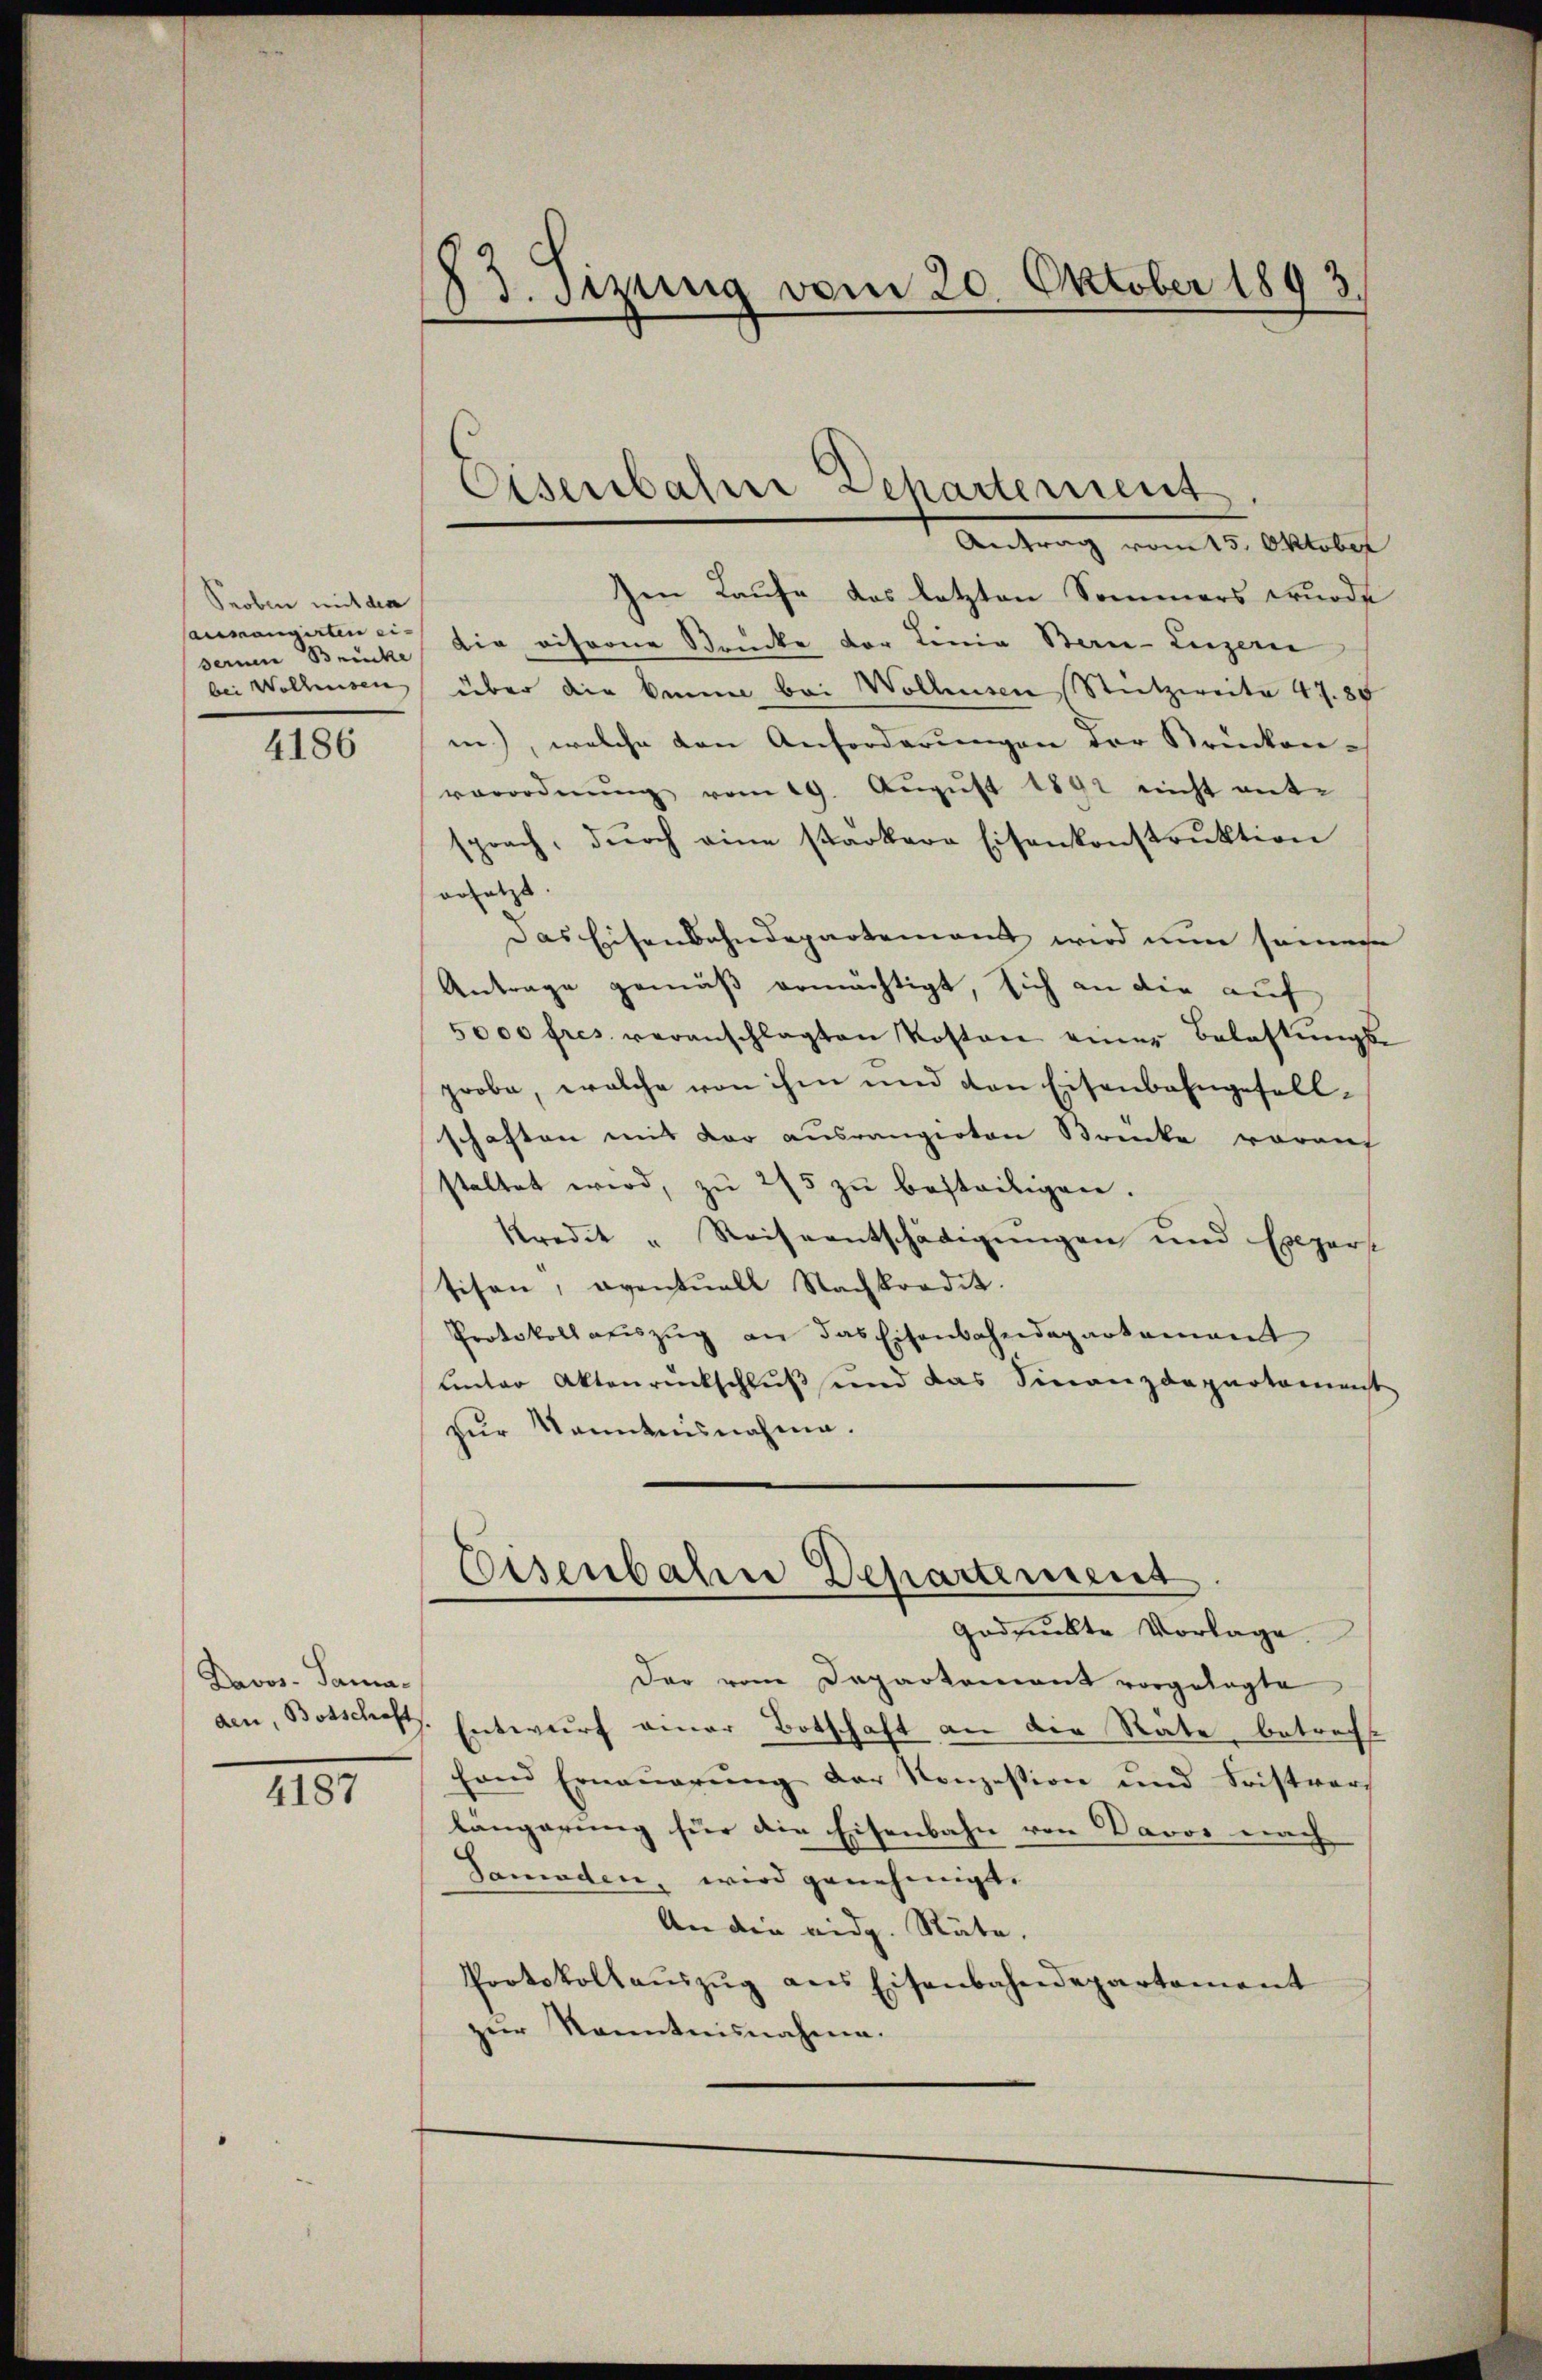
Seoben mit dem
aumangirten ei-
sernen Brücke
bei Wollensen

4186

Pavos- Sama.
den, Botschaft

4187

53. Sitzung vom 20. Oktober 1893.

Eisenbahne Departement
Antrag vom 25. Oktober

en Laufe das letzten Sommers wurde
die viforne Strücke der Linie Bern-Luzern
über die kann bei Wollensen Stutzweite 47. 85
in), welche den Anforderungen der Stricken-
verordnŭng vom 19. Aŭgŭst 1891 nicht ent-
sprach, dŭrch eine starkere Eisenkonstrŭktion
orsetzt
Das Eisenbahndepartement wird nun seine
Antrage gemäß ermächtigt, sich an die auf
5000 fres. veranschlagten Kosten einer Belastungs-
probe, welche von ihm und den Eisenbahngesellschaften mit der ausrangirten Brücke vorauf
staltet wird, zŭ 275 zŭ besteiligen.
kredit " Reiseentschädigungen und Expers
tisen, eventuell Nachkradit.
Protokoll auszug an das Eisenbahndepartamant
unter Aktenrückschluß und das Finanzdepartament
zur Kenntnisnahme.
Eisenbahne Departement
gedruckte Vorlage
Der vom Departement vorgelegte
Entwurf einer Botschaft an die Stäte, betreff
hand Erneŭerŭng der Konzession und Fristverg
längerung für die Eisenbahn von Davos nach
Samaden, wird genehmigt.
An die eidg. Räte.
Protokollaŭszŭg ans Eisenbahndepartament
zŭr Kenntnisnahme.